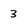
Character: 3